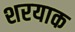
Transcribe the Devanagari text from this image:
शरयाक